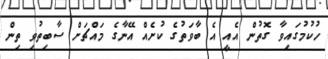
ހުކުމުގައިވާ ގޮތުން އެއީ އެ ބާވަތުގެ ކުށެއް އޭނާގެ މައްޗަށް ސާބިތުވި ތިން